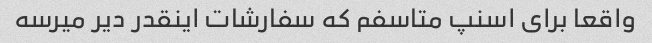
واقعا برای اسنپ متاسفم که سفارشات اینقدر دیر میرسه